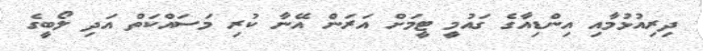
ދިރިއުޅުމާއި އިންޑިއާގެ ގައުމީ ޓީމަށް އަރަން އޭނާ ކުރި މަސައްކަތް އަދި ލޯބީގެ